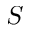
S